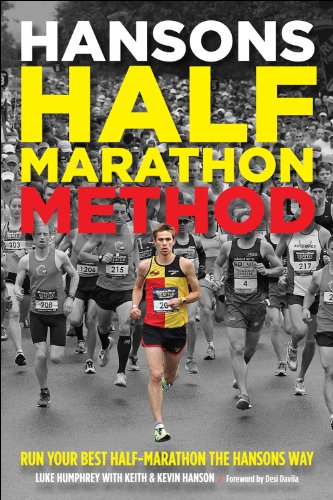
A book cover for Hansons Half-Marathon Method: Run Your Best Half-Marathon the Hansons Way; Luke Humphrey; Health, Fitness & Dieting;